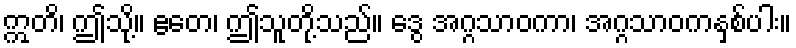
ဣတိ၊ ဤသို့။ ဧတေ၊ ဤသူတို့သည်။ ဒွေ အဂ္ဂသာဝကာ၊ အဂ္ဂသာဝကနှစ်ပါး။